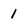
Character: 1